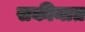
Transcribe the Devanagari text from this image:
सकीनात